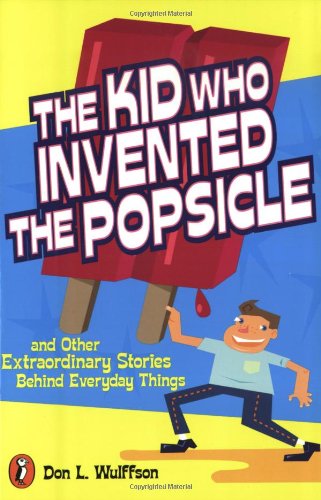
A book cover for The Kid Who Invented the Popsicle: And Other Surprising Stories about Inventions; Don L. Wulffson; Children's Books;